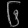
Digit: ၆